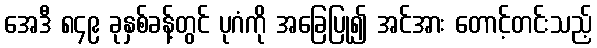
အေဒီ ၈၄၉ ခုနှစ်ခန့်တွင် ပုဂံကို အခြေပြု၍ အင်အား တောင့်တင်းသည့်